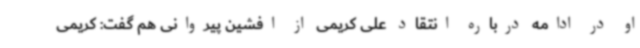
او در ادامه درباره انتقاد علی کریمی از افشین پیروانی هم گفت: کریمی